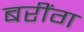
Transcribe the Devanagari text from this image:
बरींग